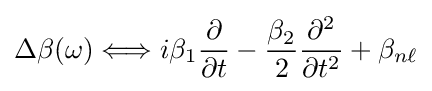
\Delta \beta (\omega )\Longleftrightarrow i\beta _{1}{\frac {\partial }{\partial t}}-{\frac {\beta _{2}}{2}}{\frac {\partial ^{2}}{\partial t^{2}}}+\beta _{n\ell }